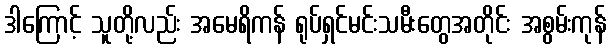
ဒါကြောင့် သူတို့လည်း အမေရိကန် ရုပ်ရှင်မင်းသမီးတွေအတိုင်း အစွမ်းကုန်